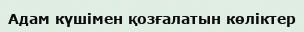
Адам күшімен қозғалатын көліктер